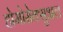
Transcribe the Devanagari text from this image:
होमोसेक्सुअल